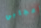
إعجابي